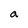
Character: a